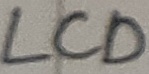
Text: LCD